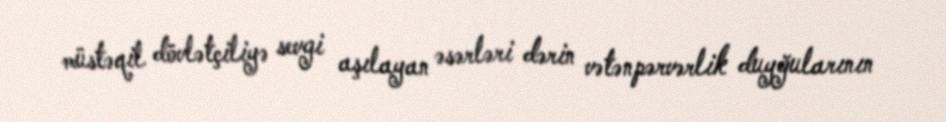
müstəqil dövlətçiliyə sevgi aşılayan əsərləri dərin vətənpərvərlik duyğularının